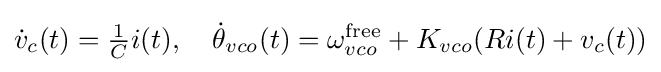
{\begin{aligned}{\dot {v}}_{c}(t)={\tfrac {1}{C}}i(t),\quad {\dot {\theta }}_{vco}(t)=\omega _{vco}^{\text{free}}+K_{vco}(Ri(t)+v_{c}(t))\end{aligned}}